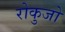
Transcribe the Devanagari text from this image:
रोकुजो